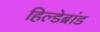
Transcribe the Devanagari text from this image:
हिल्डेब्रांड